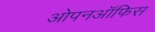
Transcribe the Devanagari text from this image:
ओपनऑफिस